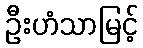
ဦးဟံသာမြင့်